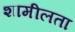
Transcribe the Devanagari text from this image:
शामीलता